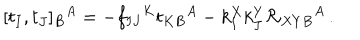
LaTeX: [ t _ { I } , t _ { J } ] _ { B } { } ^ { A } = - f _ { I J } { } ^ { K } t _ { K B } { } ^ { A } - k _ { I } ^ { X } k _ { J } ^ { Y } { \cal R } _ { X Y B } { } ^ { A } \, .